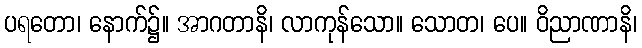
ပရတော၊ နောက်၌။ အာဂတာနိ၊ လာကုန်သော။ သောတ၊ ပေ။ ဝိညာဏာနိ၊